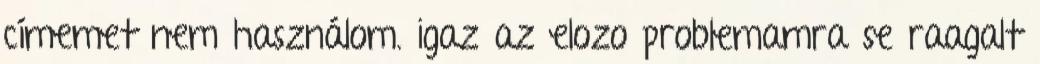
címemet nem használom. igaz az elozo problemamra se raagalt